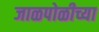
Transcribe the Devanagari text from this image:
जाळपोळीच्या